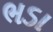
ભડા